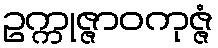
ဥက္ကုဇ္ဇာဝကုဇ္ဇံ